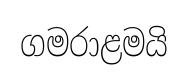
ගමරාළමයි